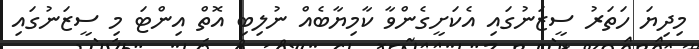
މިދިޔަ ހަތަރު ސީޒަނުގައި އެކަށީގެންވާ ކާމިޔާބެއް ނުލިބި އޮތް އިންޓަ މި ސީޒަނުގައި